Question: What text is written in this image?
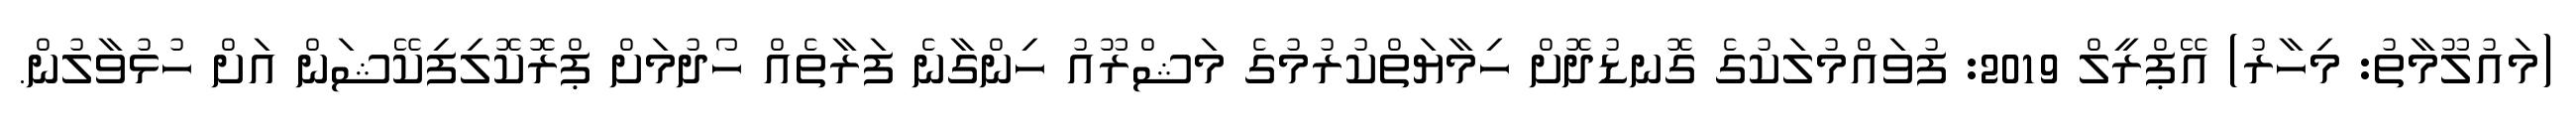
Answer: (މައުލޫމާތު: މިހާރު) އޭޕްރީލް 2019: ފުވައްމުލަކުގެ ގޮނޑުދޮށް ހިމާޔަތްކުރުމުގެ މަޝްރޫއު ހިންގާނެ ފަރާތެއް ހޯދުމަށް ޕްރޮކޮލިފިކޭޝަން އަށް ހުޅުވާލުން.